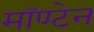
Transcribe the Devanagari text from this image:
मॉण्टेन